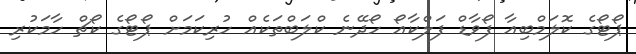
ޕޯޓޯގެ ކޮލަމްބިއާ ފޯވާޑް ފަލްކާއޯ ހޯދޭނެ ކްލަބްތަކެއް ހުރިކަމަށް ޕޯޓޯގެ ކޯޗް ހާމަކުރި